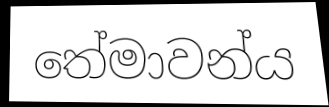
තේමාවන්ය